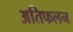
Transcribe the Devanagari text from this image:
अतिफलन